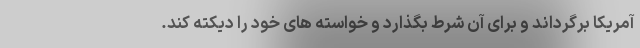
آمریکا برگرداند و برای آن شرط بگذارد و خواسته های خود را دیکته کند.